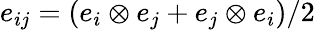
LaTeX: e_{ij}=\left(e_{i}\otimes e_{j}+e_{j}\otimes e_{i}\right)/2